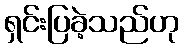
ရှင်းပြခဲ့သည်ဟု